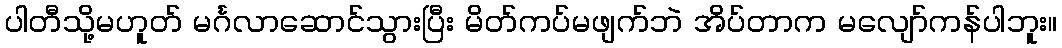
ပါတီသို့မဟူတ် မင်္ဂလာဆောင်သွားပြီး မိတ်ကပ်မဖျက်ဘဲ အိပ်တာက မလျော်ကန်ပါဘူး။